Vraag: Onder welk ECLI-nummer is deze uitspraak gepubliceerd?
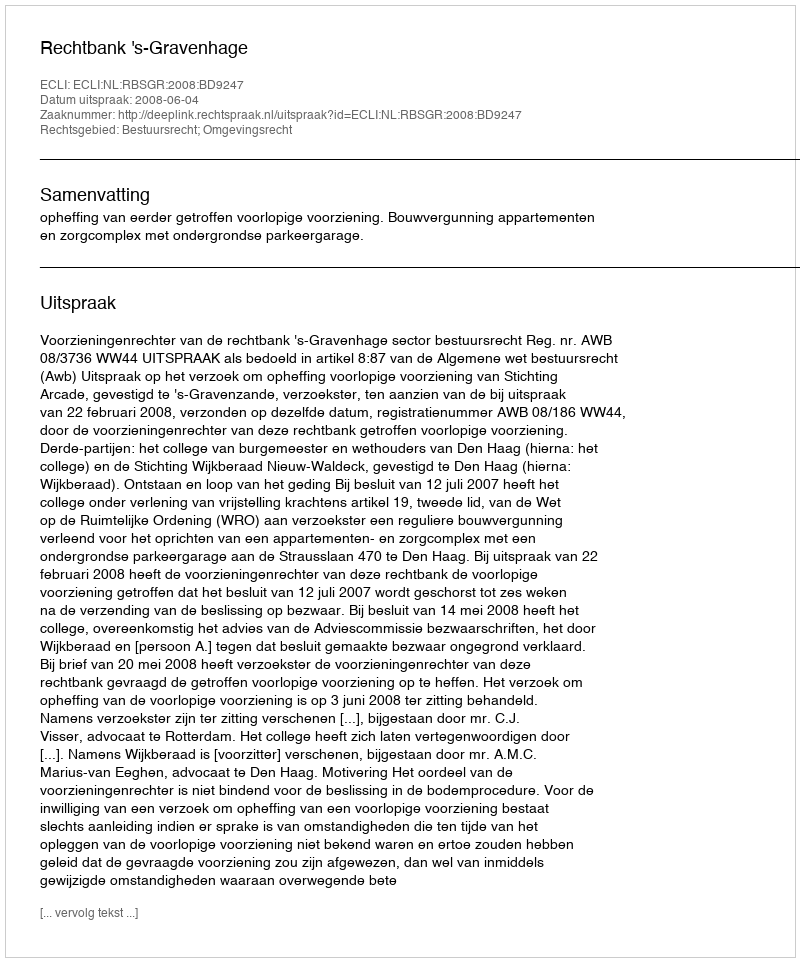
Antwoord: ECLI:NL:RBSGR:2008:BD9247